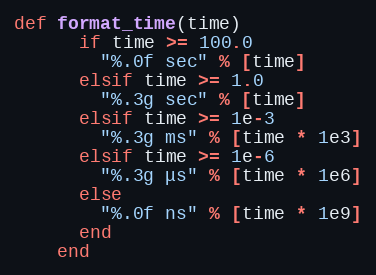
Language: Ruby
def format_time(time)
      if time >= 100.0
        "%.0f sec" % [time]
      elsif time >= 1.0
        "%.3g sec" % [time]
      elsif time >= 1e-3
        "%.3g ms" % [time * 1e3]
      elsif time >= 1e-6
        "%.3g μs" % [time * 1e6]
      else
        "%.0f ns" % [time * 1e9]
      end
    end